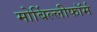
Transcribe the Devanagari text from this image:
मोर्बिल्लीफॉर्म